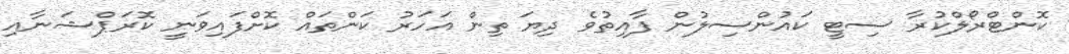
ކޮންޓްރޯލްކުރާ ސިޓީ ކައުންސިލުން ފާއިތުވެ ދިޔަ ތިން އަހަރު ކަންތައް ކޮށްފައިވަނީ ކޮރަޕްޝަނާއި